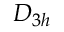
D _ { 3 h }